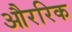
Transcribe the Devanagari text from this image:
औररिक